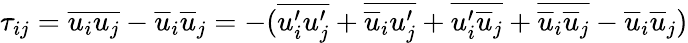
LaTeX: \tau_{ij}=\overline{{u_{i}u_{j}}}-\overline{{u}}_{i}\overline{{u}}_{j}=-(\overline{{u_{i}^{\prime}u_{j}^{\prime}}}+\overline{{\overline{{u}}_{i}u_{j}^{\prime}}}+\overline{{u_{i}^{\prime}\overline{{u}}_{j}}}+\overline{{\overline{{u}}_{i}\overline{{u}}_{j}}}-\overline{{u}}_{i}\overline{{u}}_{j})